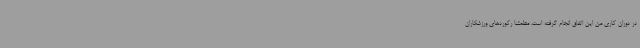
در دوران کاری من این اتفاق انجام گرفته است. مطمئنا رکوردهای ورزشکاران